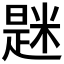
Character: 𫃆